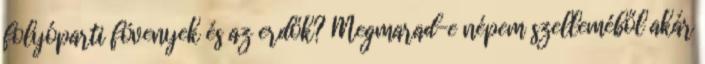
folyóparti fövenyek és az erdők? Megmarad-e népem szelleméből akár